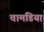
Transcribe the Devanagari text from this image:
चामडिया